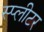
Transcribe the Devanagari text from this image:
स्प्लीटर